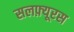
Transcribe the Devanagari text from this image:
सलफ़्यूरस